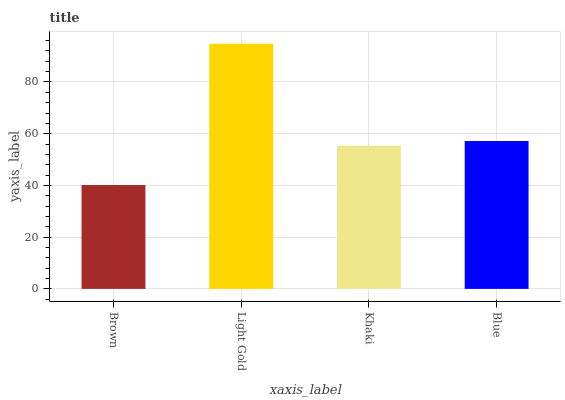
| xaxis_label | bars |
 | --- | --- |
 | Brown | 40.2 |
 | Light Gold | 94.8 |
 | Khaki | 55.3 |
 | Blue | 57.2 |